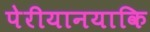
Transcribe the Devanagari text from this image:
पेरीयानयाकि